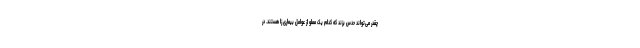
چقدر می‌تواند حدس بزند که کدام یک مملو از عوامل بیماری زا هستند. در